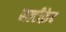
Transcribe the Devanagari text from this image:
मल्टीफ़ेब